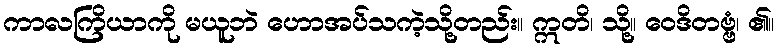
ကာလကြိယာကို မယူဘဲ ဟောအပ်သကဲ့သို့တည်း။ ဣတိ၊ သို့။ ဝေဒိတဗ္ဗံ၊ ၏။